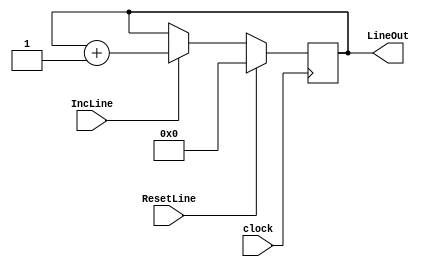
module Line_Counter(LineOut, clock, ResetLine, IncLine);
input clock,ResetLine,IncLine;
output reg[3:0] LineOut;

initial
begin
	LineOut = 4'b0;
end

always @(posedge clock)
begin
	if(ResetLine) LineOut <= 4'b0;
	else if(IncLine)LineOut <= LineOut+4'b0001; 
end

endmodule